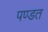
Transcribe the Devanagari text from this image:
पण्डत